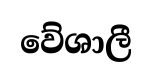
වේශාලී